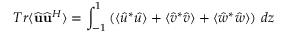
T r \langle \widehat { \mathbf { u } } \widehat { \mathbf { u } } ^ { H } \rangle = \int _ { - 1 } ^ { 1 } \left( \langle \hat { u } ^ { * } \hat { u } \rangle + \langle \hat { v } ^ { * } \hat { v } \rangle + \langle \hat { w } ^ { * } \hat { w } \rangle \right) \, d z